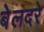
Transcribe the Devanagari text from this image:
बेलदरे